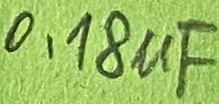
Text: 0,18µF